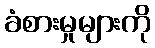
ခံစားမှုများကို